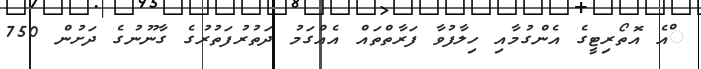
ްއެ އޮތޯރިޓީގެ އެންގުމާއި ހިލާފުވާ ފަރާތްތައް އެއްގަމު ދަތުރުފަތުރުގެ ގާނޫނުގެ ދަށުން 750